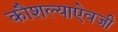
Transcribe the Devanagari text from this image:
कौशल्याऐवजी